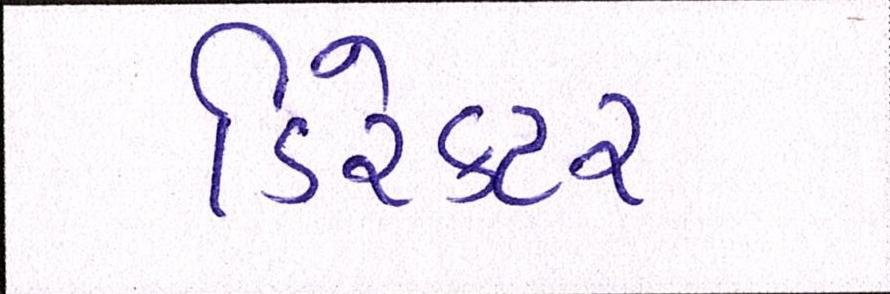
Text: ડિરેક્ટર